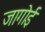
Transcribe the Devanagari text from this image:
जागोई